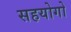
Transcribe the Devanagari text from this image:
सहयोगो